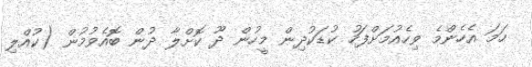
ހަމަ އެހެންމެ ވިހެއުމަށްފަހު ކުޑަކުދިން މީހުން ދޫ ކޮށްލާ ދުން ބޮއެވުމުން (ކުއްލި